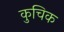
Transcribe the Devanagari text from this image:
कुचिक